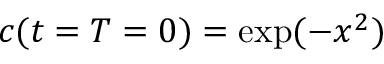
c ( t = T = 0 ) = \exp ( - x ^ { 2 } )